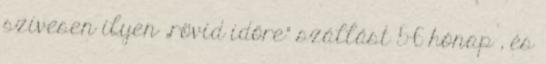
szívesen ilyen „rövid időre” szállást 5-6 hónap , és